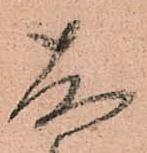
存